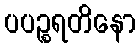
ပပဉ္စရတိနော